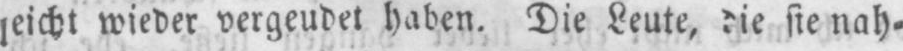
wieder vergeudet haben. Die Leute, die sie nah⸗